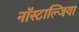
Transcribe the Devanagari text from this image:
नॉस्टाल्जिया